Newspaper: The Plymouth Democrat.
Place of publication: Plymouth, Ind.
Publisher: D.E. Van Valkenburg
Date: 1870-11-17 00:00:00
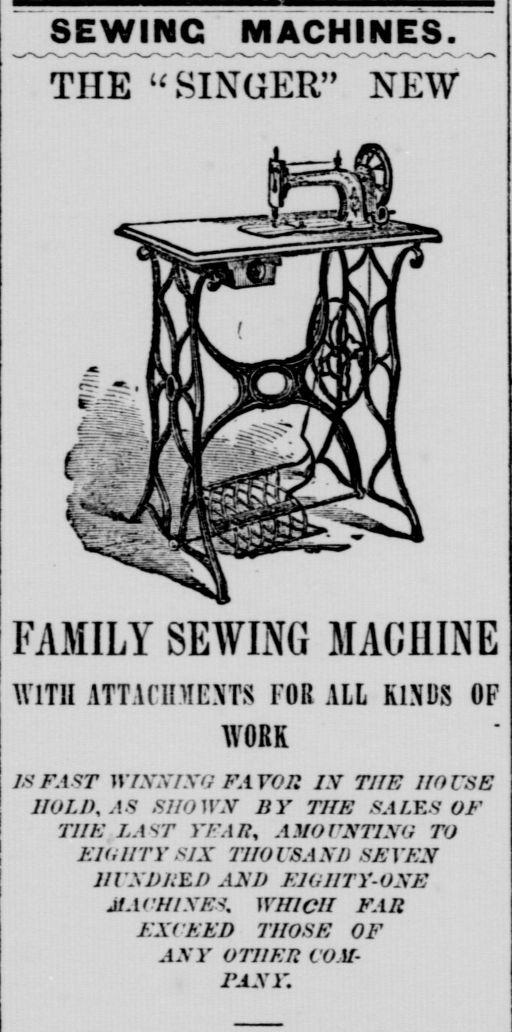
Advertisement text (OCR):
SEWING MACHINES. THE M SINGER" NEW FAMILY SEWING MACHINE WITH ifTACmm FOR ALL KINDS OF WORK 18 FAST WlifNIXO FATOR .V THE HOUSE HOLD AS SHOWN BY THE 8ALR8 OF TUE LAST Fl AMQl'XTIXt; TO Ell HTY SIX Tint l SA X) 8JS I 'KB nUXDRJU AXJ) EJailTY-OXE MACHINES, WHICH FAR EXCEED THOSE OF AXY OTHER COM PANY.
Label: illustrations